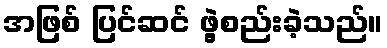
အဖြစ် ပြင်ဆင် ဖွဲ့စည်းခဲ့သည်။